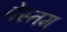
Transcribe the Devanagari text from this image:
पेस्तम